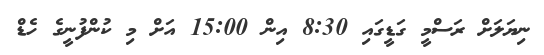
ނިޔަލަށް ރަސްމީ ގަޑީގައި 8:30 އިން 15:00 އަށް މި ކުންފުނީގެ ހެޑް